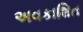
અવકાશિત